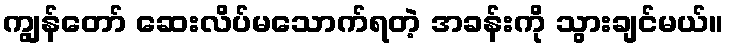
ကျွန်တော် ဆေးလိပ်မသောက်ရတဲ့ အခန်းကို သွားချင်မယ်။